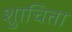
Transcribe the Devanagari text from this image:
शुाचिता